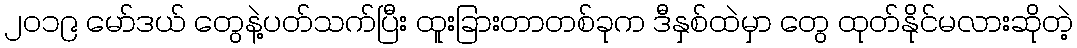
၂၀၁၉ မော်ဒယ် တွေနဲ့ပတ်သက်ပြီး ထူးခြားတာတစ်ခုက ဒီနှစ်ထဲမှာ တွေ ထုတ်နိုင်မလားဆိုတဲ့